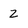
Character: Z